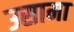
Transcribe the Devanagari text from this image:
उसामा